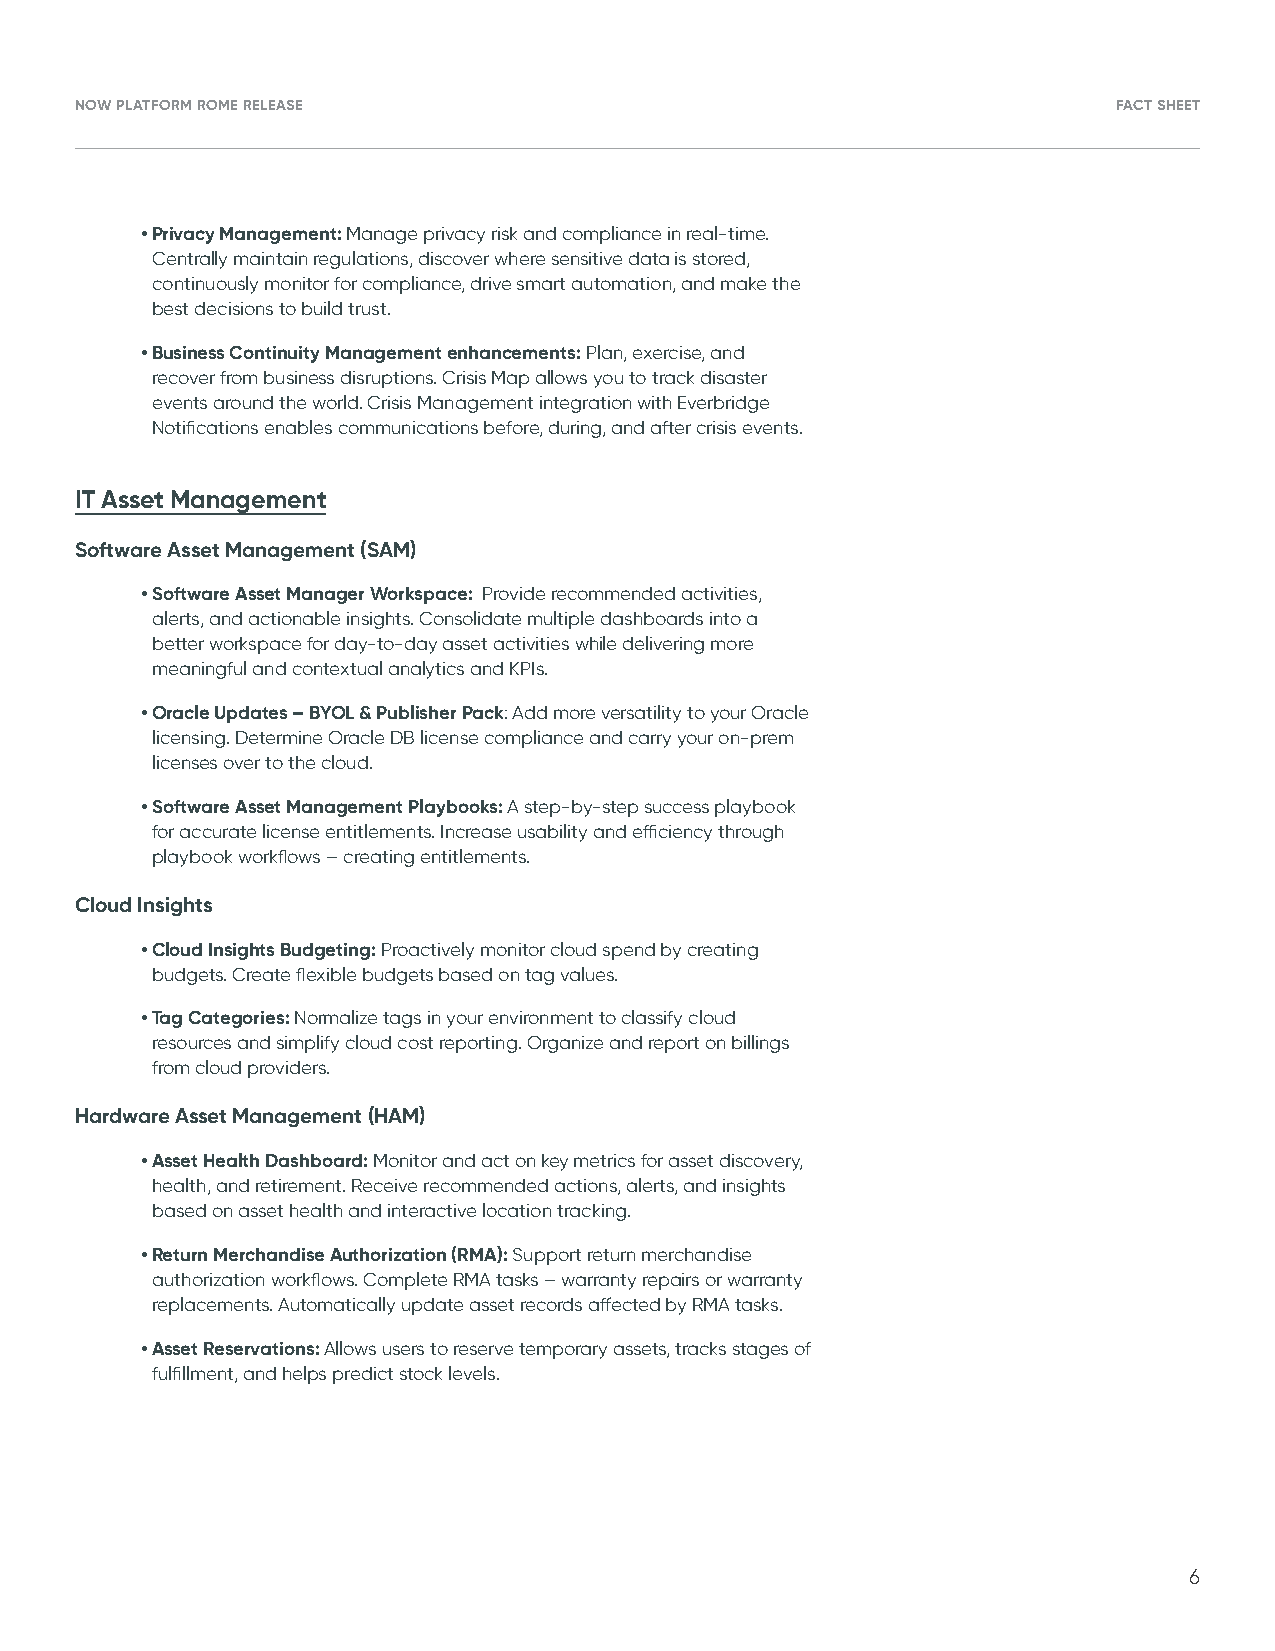
NOW PLATFORM ROME RELEASE                                            FACT SHEET
 • P rivacy Management: Manage privacy risk and compliance in real-time.
 Centrally maintain regulations, discover where sensitive data is stored,
 continuously monitor for compliance, drive smart automation, and make the
 best decisions to build trust.
 • B usiness Continuity Management enhancements: Plan, exercise, and
 recover from business disruptions. Crisis Map allows you to track disaster
 events around the world. Crisis Management integration with Everbridge
 Notifications enables communications before, during, and after crisis events.
 IT Asset Management
 Software Asset Management (SAM)
 • S oftware Asset Manager Workspace: Provide recommended activities,
 alerts, and actionable insights. Consolidate multiple dashboards into a
 better workspace for day-to-day asset activities while delivering more
 meaningful and contextual analytics and KPIs.
 • O racle Updates – BYOL & Publisher Pack: Add more versatility to your Oracle
 licensing. Determine Oracle DB license compliance and carry your on-prem
 licenses over to the cloud.
 • S oftware Asset Management Playbooks: A step-by-step success playbook
 for accurate license entitlements. Increase usability and efficiency through
 playbook workflows – creating entitlements .
 Cloud Insights
 • C loud Insights Budgeting: Proactively monitor cloud spend by creating
 budgets. Create flexible budgets based on tag values.
 • T ag Categories: Normalize tags in your environment to classify cloud
 resources and simplify cloud cost reporting. Organize and report on billings
 from cloud providers.
 Hardware Asset Management (HAM)
 • A sset Health Dashboard: Monitor and act on key metrics for asset discovery,
 health, and retirement. Receive recommended actions, alerts, and insights
 based on asset health and interactive location tracking .
 • R eturn Merchandise Authorization (RMA): Support return merchandise
 authorization workflows. Complete RMA tasks – warranty repairs or warranty
 replacements. Automatically update asset records affected by RMA tasks .
 • A sset Reservations: Allows users to reserve temporary assets, tracks stages of
 fulfillment, and helps predict stock levels .
 6